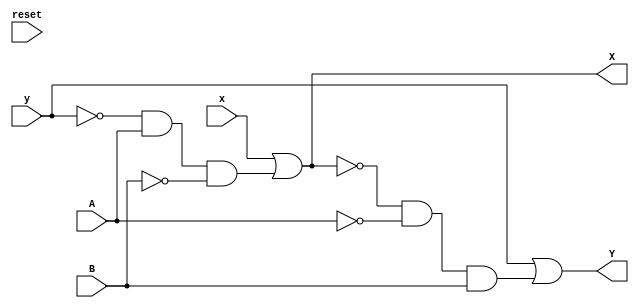
//Implementacion Conductual para las funciones X y Y, de Izq a Derecha
module celda_tipica_c
(
    input wire  A, //implementacion de las entradas A,B,x,y y una senal reset, que va ser necesaria para inducir retardos y reiniciar la senal 
                   // entre prueba y prueba.
    input wire  B,
    input wire x,
    input wire y,
    input reset,
    output wire X,//Implementacion de las salidas X y Y.
    output wire Y
); 
//Declaracion de variables para conectarlas al modulo, (A,B,x,y) son las entradas y (X,Y) son las salidas.
    assign X =  x | (~y & A & ~B);
    assign Y = y | (~X &  ~A & B ); 
//X corresponde a la funcion obtenida a mano resolviendo la red iterativa, X = x+(y')*(A)*(B') y Y = y+(x')*(A')*(B) 
endmodule